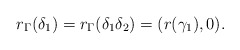
\begin{align*} r_\Gamma(\delta_1)=r_\Gamma(\delta_1\delta_2) = (r(\gamma_1),0). \end{align*}